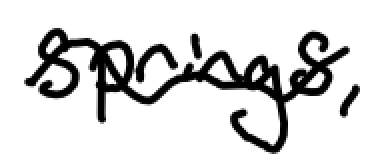
Text: Springs,
Cross-out: wave
Writing tool: digital_black